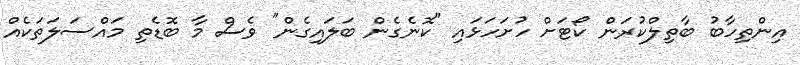
އިންތިހާބު ބާތިލްކުރަން ކޯޓަށް ހުށަހަޅައި "ކޮނެގެން ބަލައިގެން" ވެސް މާ ބޮޑެތި މައްސަލަތަކެއް